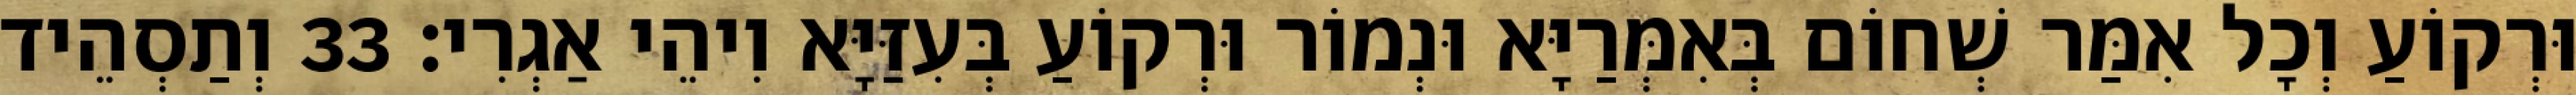
וּרְקוֹעַ וְכָל אִמַּר שְׁחוֹם בְּאִמְּרַיָּא וּנְמוֹר וּרְקוֹעַ בְּעִזַּיָּא וִיהֵי אַגְרִי׃ 33 וְתַסְהֵיד